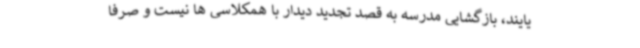
یایند، بازگشایی مدرسه به قصد تجدید دیدار با همکلاسی ها نیست و صرفا